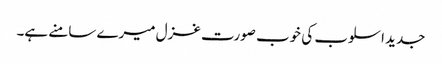
جدید اسلوب کی خوب صورت غزل میرے سامنے ہے۔